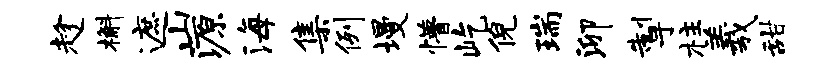
趁槲遮山源海集例墁懵屹倪瑞泖掣柱羲甜